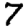
Digit: 7